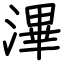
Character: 滭